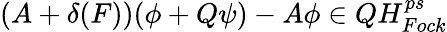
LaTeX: (A+\delta(F))(\phi+Q\psi)-A\phi\in QH_{Fock}^{ps}